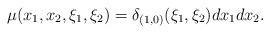
LaTeX: \begin{align*}\mu(x_1, x_2, \xi_1, \xi_2)= \delta_{(1,0)}(\xi_1, \xi_2) dx_1 dx_2.\end{align*}